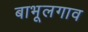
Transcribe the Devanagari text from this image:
बाभूलगाव